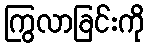
ကြွလာခြင်းကို